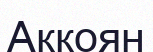
Аққоян